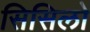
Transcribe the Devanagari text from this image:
सिसिलो